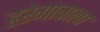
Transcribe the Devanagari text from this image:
हरेगावाला